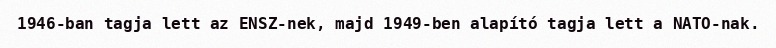
1946-ban tagja lett az ENSZ-nek, majd 1949-ben alapító tagja lett a NATO-nak.